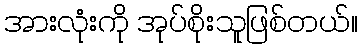
အားလုံးကို အုပ်စိုးသူဖြစ်တယ်။